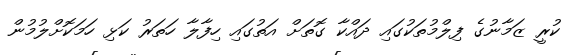
ކުރީ ޒަމާނުގެ ފިލްމުތަކުގައި ދައްކާ ގޮތަށް އަތުގައި ހިފާލާ ހަތަރު ކަޅި ހަމަކޮށްލުމުން